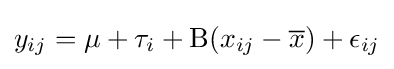
y_{ij}=\mu +\tau _{i}+\mathrm {B} (x_{ij}-{\overline {x}})+\epsilon _{ij}